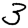
Digit: 3